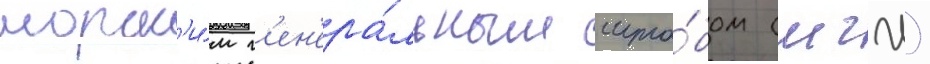
морск'и́м г'ен'ера́льным шта́бом (мгш)